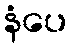
နံပေ